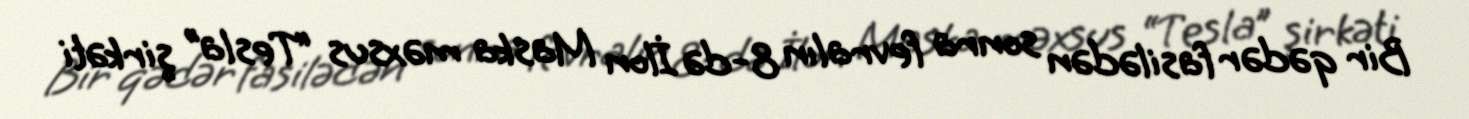
Bir qədər fasilədən sonra fevralın 8-də İlon Maska məxsus “Tesla” şirkəti